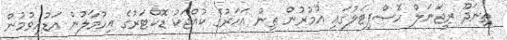
ތިނަދޫ ރީޖަނަލް ހޮސްޕިޓަލުގައި އުމުރުން ތިން އަހަރުގެ ކުއްޖަކު ޑޮކްޓަރުގެ އިހުމާލުން އަޑުއިވުމުން